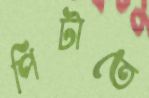
পিটাতে